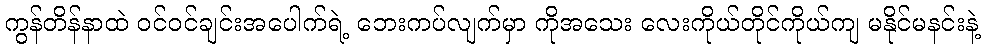
ကွန်တိန်နာထဲ ဝင်ဝင်ချင်းအပေါက်ရဲ့ ဘေးကပ်လျက်မှာ ကိုအသေး လေးကိုယ်တိုင်ကိုယ်ကျ မနိုင်မနင်းနဲ့